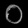
Digit: ၀